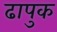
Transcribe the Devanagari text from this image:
ढापुक